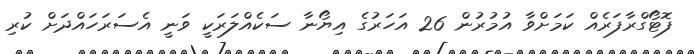
ފޮޓޯގްރާފަރެއް ކަމަށްވާ އުމުރުން 26 އަހަރުގެ އިޔޯނާ ސަކެއްލަރަކީ ވަނީ އެސަރަހައްދަށް ކުރި